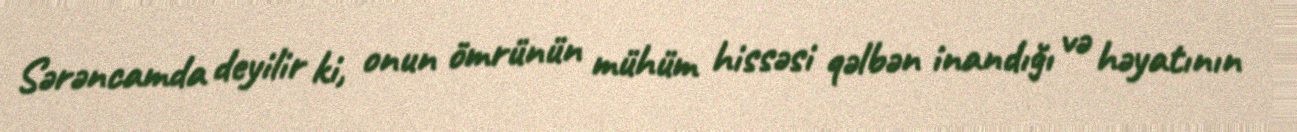
Sərəncamda deyilir ki, onun ömrünün mühüm hissəsi qəlbən inandığı və həyatının